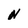
Character: N